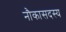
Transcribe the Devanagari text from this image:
नौकासदस्य